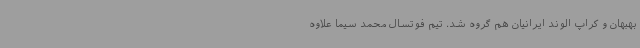
بهبهان و کراپ الوند ایرانیان هم گروه شد. تیم فوتسال محمد سیما علاوه